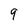
Character: 9